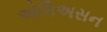
એલિઅસન